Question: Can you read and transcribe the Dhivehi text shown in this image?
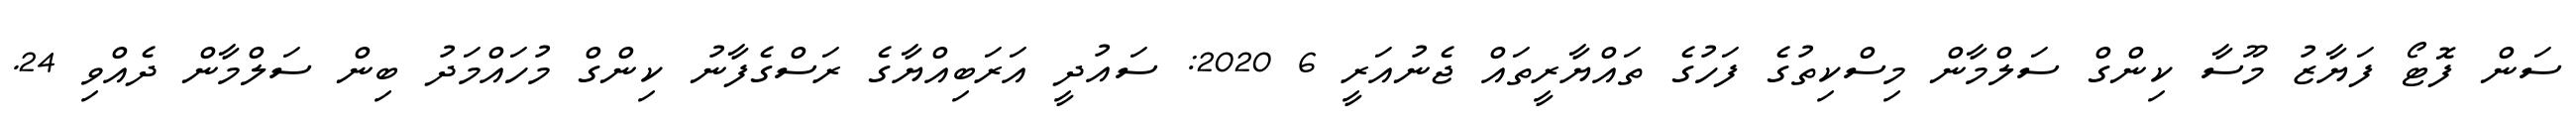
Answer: ސަން ފޮޓޯ ފަޔާޒު މޫސާ ކިންގް ސަލްމާން މިސްކިތުގެ ފަހުގެ ތައްޔާރީތައް ޖެނުއަރީ 6 2020: ސައުދީ އަރަބިއްޔާގެ ރަސްގެފާނު ކިންގް މުހައްމަދު ބިން ސަލްމާން ދެއްވި 24.